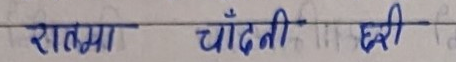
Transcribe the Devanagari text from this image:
राझ्या चाँदी छरी